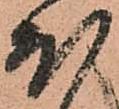
ほ